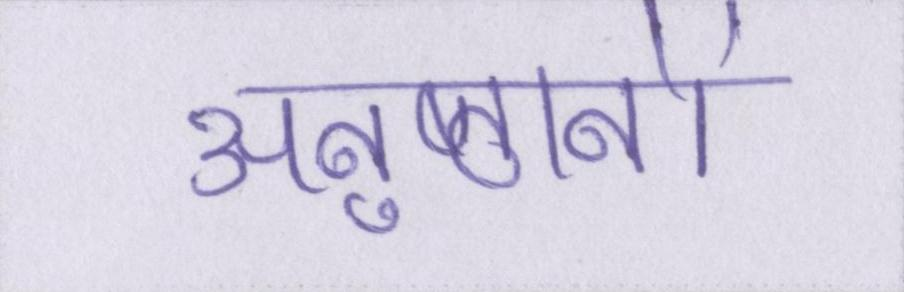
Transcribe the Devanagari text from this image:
अनुष्ठानों